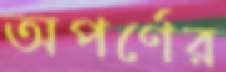
অপর্ণের